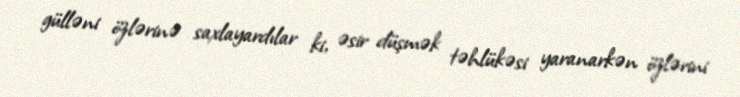
gülləni özlərinə saxlayardılar ki, əsir düşmək təhlükəsi yaranarkən özlərini